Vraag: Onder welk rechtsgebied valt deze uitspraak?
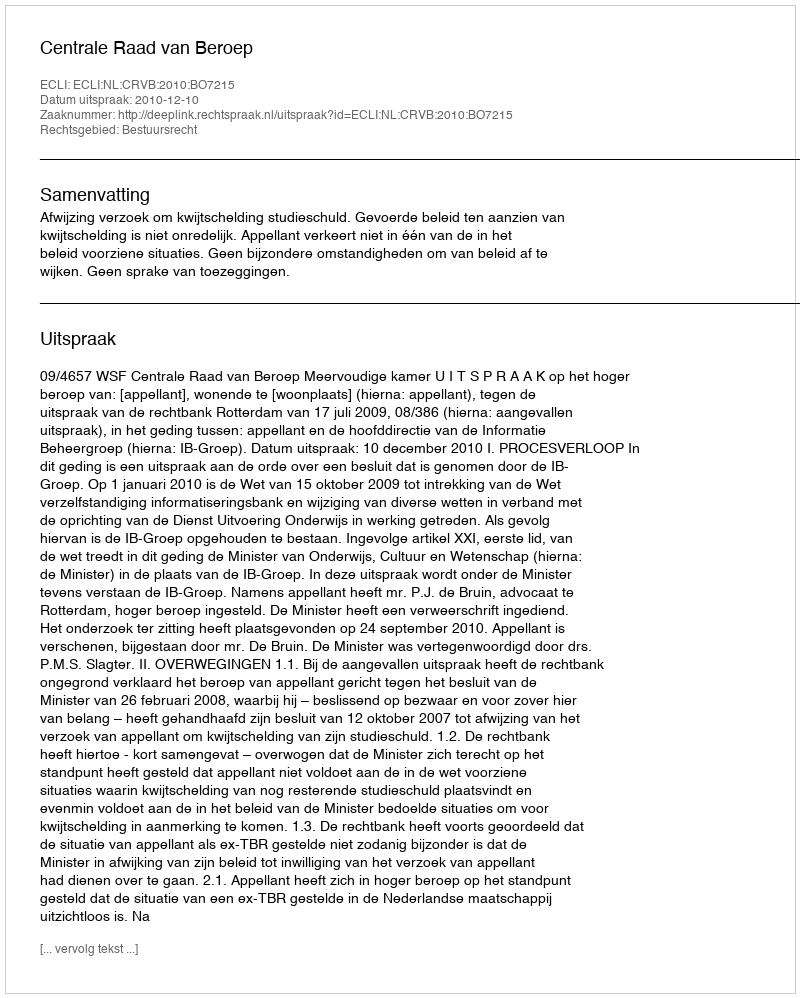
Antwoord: Bestuursrecht